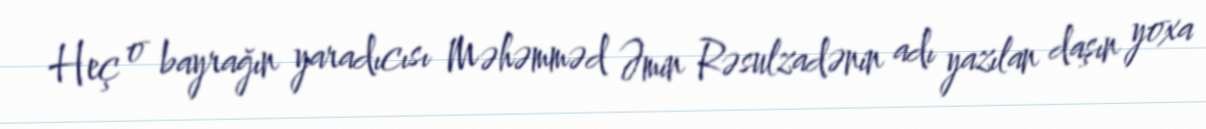
Heç o bayrağın yaradıcısı Məhəmməd Əmin Rəsulzadənin adı yazılan daşın yoxa